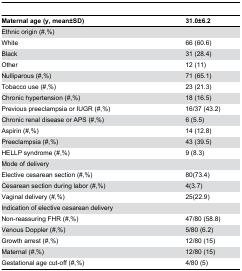
<table><thead><tr><td><b>Maternal age (y, mean±SD)</b></td><td><b>31.0±6.2</b></td></tr></thead><tbody><tr><td>Ethnic origin (#,%)</td><td></td></tr><tr><td>White</td><td>66 (60.6)</td></tr><tr><td>Black</td><td>31 (28.4)</td></tr><tr><td>Other</td><td>12 (11)</td></tr><tr><td>Nulliparous (#,%)</td><td>71 (65.1)</td></tr><tr><td>Tobacco use (#,%)</td><td>23 (21.3)</td></tr><tr><td>Chronic hypertension (#,%)</td><td>18 (16.5)</td></tr><tr><td>Previous preeclampsia or IUGR (#,%)</td><td>16/37 (43.2)</td></tr><tr><td>Chronic renal disease or APS (#,%)</td><td>6 (5.5)</td></tr><tr><td>Aspirin (#,%)</td><td>14 (12.8)</td></tr><tr><td>Preeclampsia (#,%)</td><td>43 (39.5)</td></tr><tr><td>HELLP syndrome (#,%)</td><td>9 (8.3)</td></tr><tr><td>Mode of delivery</td><td></td></tr><tr><td>Elective cesarean section (#,%)</td><td>80(73.4)</td></tr><tr><td>Cesarean section during labor (#,%)</td><td>4(3.7)</td></tr><tr><td>Vaginal delivery (#,%)</td><td>25(22.9)</td></tr><tr><td>Indication of elective cesarean delivery </td><td></td></tr><tr><td>Non-reassuring FHR (#,%)</td><td>47/80 (58.8)</td></tr><tr><td>Venous Doppler (#,%)</td><td>5/80 (6.2)</td></tr><tr><td>Growth arrest (#,%)</td><td>12/80 (15)</td></tr><tr><td>Maternal (#,%)</td><td>12/80 (15)</td></tr><tr><td>Gestational age cut-off (#,%)</td><td>4/80 (5)</td></tr></tbody></table>